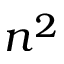
n ^ { 2 }